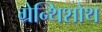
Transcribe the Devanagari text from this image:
ग्रेन्थिशोथ